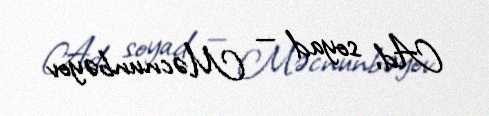
Ad, soyad — Məcnunbəyov